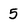
Character: 5